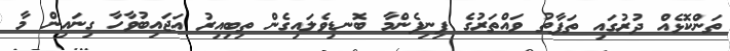
ތަންކޮޅެއް ދުރުގައި ތަފާތު ވައްތަރުގެ ފިނިފެންމާ ބޮނޑިވެލައިގެން ތިބިއިރު އަޖައިބުވާހާ ގިނައިން މާ